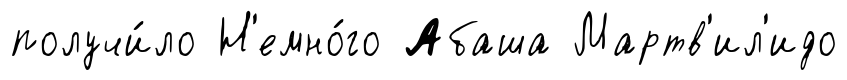
получи́ло Н'емно́го Абаша Мартв'ил'идо